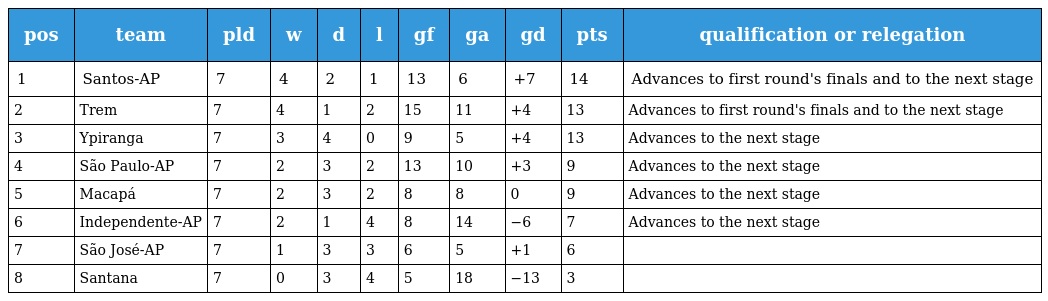
| pos | team | pld | w | d | l | gf | ga | gd | pts | qualification or relegation |
 | --- | --- | --- | --- | --- | --- | --- | --- | --- | --- | --- |
 | 1 | Santos-AP | 7 | 4 | 2 | 1 | 13 | 6 | +7 | 14 | Advances to first round's finals and to the next stage |
 | 2 | Trem | 7 | 4 | 1 | 2 | 15 | 11 | +4 | 13 | Advances to first round's finals and to the next stage |
 | 3 | Ypiranga | 7 | 3 | 4 | 0 | 9 | 5 | +4 | 13 | Advances to the next stage |
 | 4 | São Paulo-AP | 7 | 2 | 3 | 2 | 13 | 10 | +3 | 9 | Advances to the next stage |
 | 5 | Macapá | 7 | 2 | 3 | 2 | 8 | 8 | 0 | 9 | Advances to the next stage |
 | 6 | Independente-AP | 7 | 2 | 1 | 4 | 8 | 14 | −6 | 7 | Advances to the next stage |
 | 7 | São José-AP | 7 | 1 | 3 | 3 | 6 | 5 | +1 | 6 |  |
 | 8 | Santana | 7 | 0 | 3 | 4 | 5 | 18 | −13 | 3 |  |